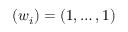
( w _ { i } ) = ( 1 , \dots , 1 )